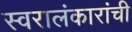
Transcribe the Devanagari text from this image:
स्वरालंकारांची